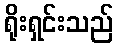
ရိုးရှင်းသည်